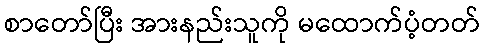
စာတော်ပြီး အားနည်းသူကို မထောက်ပံ့တတ်